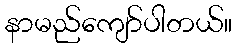
နာမည်ကျော်ပါတယ်။